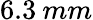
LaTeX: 6.3\: mm